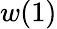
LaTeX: w(1)